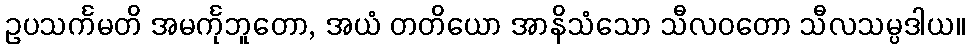
ဥပသင်္ကမတိ အမင်္ကုဘူတော, အယံ တတိယော အာနိသံသော သီလဝတော သီလသမ္ပဒါယ။